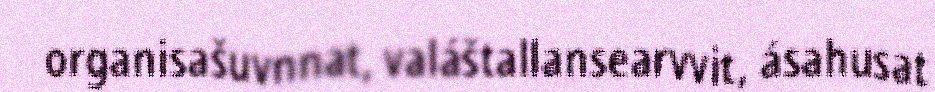
organisašuvnnat, valáštallansearvvit, ásahusat